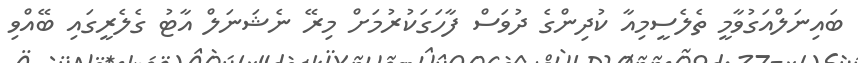
ބައިނަލްއަގުވާމީ ތެލެސީމިއާ ކުދިންގެ ދުވަސް ފާހަގަކުރުމަށް މިރޭ ނެޝަނަލް އާޓު ގެލެރީގައި ބޭއްވި